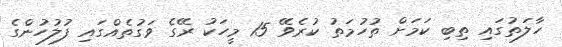
ހާލަތުގައި ތިބި ކަަމަށް ތުހުމަތު ކުރެވޭ 15 މީހަކު ރޭގެ ވަގުތެއްގައި ފުލުހުންގެ